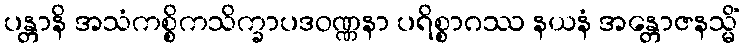
ပန္တာနိ အသံကစ္စိကသိက္ခာပဒဝဏ္ဏနာ ပရိစ္စာဂဿ နယနံ အန္တောဇနသ္မိံ